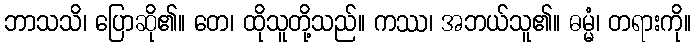
ဘာသသိ၊ ပြောဆို၏။ တေ၊ ထိုသူတို့သည်။ ကဿ၊ အဘယ်သူ၏။ ဓမ္မံ၊ တရားကို။